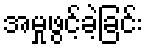
အမှုဖွင့်ခဲ့ခြင်း